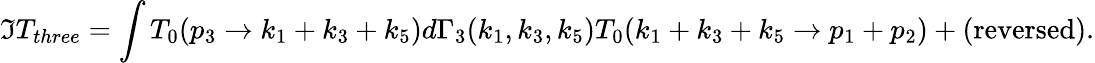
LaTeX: \Im T_{three}=\int T_{0}(p_{3}\rightarrow k_{1}+k_{3}+k_{5})d\Gamma_{3}(k_{1},k_{3},k_{5})T_{0}(k_{1}+k_{3}+k_{5}\rightarrow p_{1}+p_{2})+\mathrm{(reversed)}.